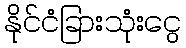
နိုင်ငံခြားသုံးငွေ